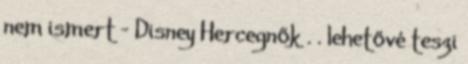
nem ismert - Disney Hercegnők . . lehetővé teszi